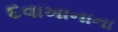
દવાખાનાના